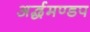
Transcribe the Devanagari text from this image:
अर्द्धमण्डप